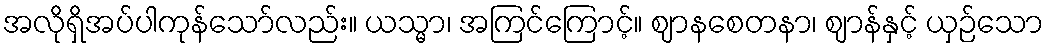
အလိုရှိအပ်ပါကုန်သော်လည်း။ ယသ္မာ၊ အကြင်ကြောင့်။ ဈာနစေတနာ၊ ဈာန်နှင့် ယှဉ်သော